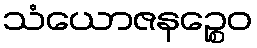
သံယောဇနဉ္စေဝ